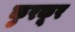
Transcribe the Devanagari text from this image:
कुरकूर